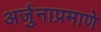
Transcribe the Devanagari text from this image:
अर्जुनाप्रमाणे